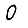
Digit: 0